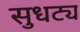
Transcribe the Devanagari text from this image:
सुधट्य